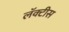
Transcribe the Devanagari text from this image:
लॅक्‍टीस